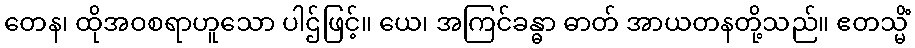
တေန၊ ထိုအဝစရာဟူသော ပါဌ်ဖြင့်။ ယေ၊ အကြင်ခန္ဓာ ဓာတ် အာယတနတို့သည်။ ဧတသ္မိံ